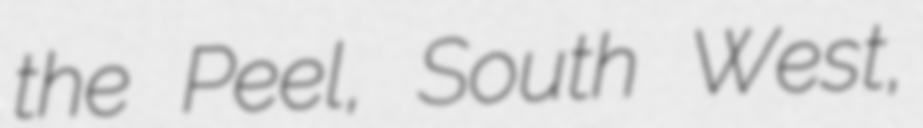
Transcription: the Peel, South West,